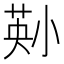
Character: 𫵄